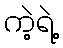
ကဲ့ရဲ့